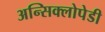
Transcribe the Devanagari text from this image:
अन्सिक्लोपेडी